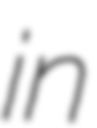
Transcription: in